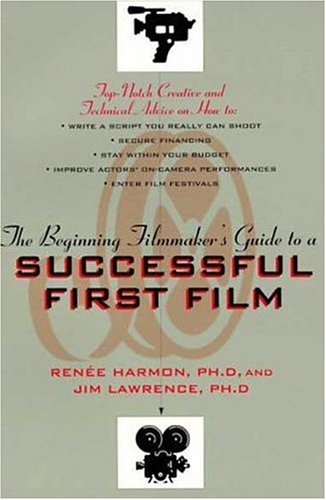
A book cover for The Beginning Filmmaker's Guide to a Successful First Film; Renee Harmon; Humor & Entertainment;